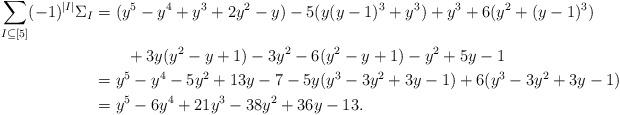
LaTeX: \begin{align*}\sum_{I \subseteq [5]} (-1)^{|I|} \Sigma_I &= (y^5 - y^4 + y^3 + 2y^2 - y) -5(y(y-1)^3 + y^3) +y^3 +6(y^2 + (y-1)^3) \\&\qquad+3y(y^2 - y + 1) -3y^2 -6(y^2 - y + 1) -y^2 +5y -1 \\&= y^5 - y^4 -5y^2 + 13y - 7 - 5y(y^3 - 3y^2 + 3y - 1) + 6(y^3 - 3y^2 + 3y - 1) \\&= y^5 - 6y^4 + 21y^3 -38y^2 + 36y - 13.\end{align*}